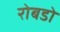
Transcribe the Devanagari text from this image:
रोबडो